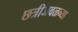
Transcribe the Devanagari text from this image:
छत्रीजवळच्या